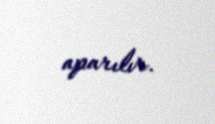
aparılır.